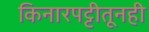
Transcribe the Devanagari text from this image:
किनारपट्टीतूनही